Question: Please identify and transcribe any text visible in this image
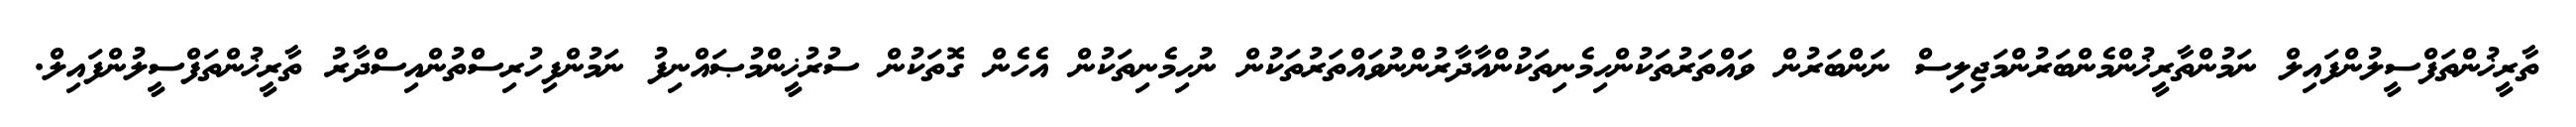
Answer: ތާރީޚުންތަފްސީލުންފައިލް ނަމުންތާރީޚުންމެންބަރުންމަޖިލިސް ނަންބަރުން ވައްތަރުތަކުންހިމެނިތަކުންއާދާރުންނުވައްތަރުތަކުން ނުހިމެނިތަކުން އެހެން ގޮތަކުން ސުރުޚީންމުޞައްނިފު ނަމުންފިހުރިސްތުންއިސްދާރު ތާރީޚުންތަފްސީލުންފައިލް.